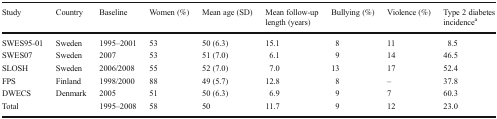
<table><thead><tr><td><b>Study</b></td><td><b>Country</b></td><td><b>Baseline</b></td><td><b>Women (%)</b></td><td><b>Mean age (SD)</b></td><td><b>Mean follow-up length (years)</b></td><td><b>Bullying (%)</b></td><td><b>Violence (%)</b></td><td><b>Type 2 diabetes incidence<sup>a</sup></b></td></tr></thead><tbody><tr><td>SWES95-01</td><td>Sweden</td><td>1995–2001</td><td>53</td><td>50 (6.3)</td><td>15.1</td><td>8</td><td>11</td><td>8.5</td></tr><tr><td>SWES07</td><td>Sweden</td><td>2007</td><td>53</td><td>51 (7.0)</td><td>6.1</td><td>9</td><td>14</td><td>46.5</td></tr><tr><td>SLOSH</td><td>Sweden</td><td>2006/2008</td><td>55</td><td>52 (7.0)</td><td>7.0</td><td>13</td><td>17</td><td>52.4</td></tr><tr><td>FPS</td><td>Finland</td><td>1998/2000</td><td>88</td><td>49 (5.7)</td><td>12.8</td><td>8</td><td>–</td><td>37.8</td></tr><tr><td>DWECS</td><td>Denmark</td><td>2005</td><td>51</td><td>50 (6.3)</td><td>6.9</td><td>9</td><td>7</td><td>60.3</td></tr><tr><td>Total</td><td></td><td>1995–2008</td><td>58</td><td>50</td><td>11.7</td><td>9</td><td>12</td><td>23.0</td></tr></tbody></table>